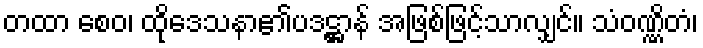
တထာ စေဝ၊ ထိုဒေသနာ၏ပဒဋ္ဌာန် အဖြစ်ဖြင့်သာလျှင်။ သံဝဏ္ဏိတံ၊